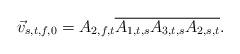
LaTeX: \begin{align*}\vec{v}_{s,t,f,0} = A_{2,f,t}\overline{A_{1,t,s}A_{3,t,s}A_{2,s,t}}.\end{align*}